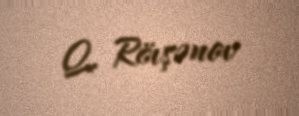
Q. Rövşənov